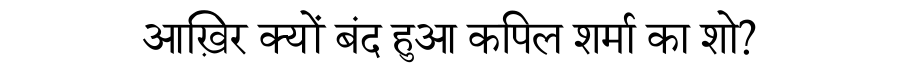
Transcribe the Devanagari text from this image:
आख़िर क्यों बंद हुआ कपिल शर्मा का शो?